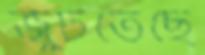
জুটতেছে